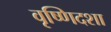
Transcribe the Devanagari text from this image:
वृष्णिदशा